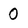
Character: O